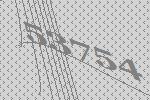
53754